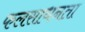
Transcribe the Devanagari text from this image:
फलसाधनता